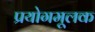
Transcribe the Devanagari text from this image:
प्रयोगमूलक